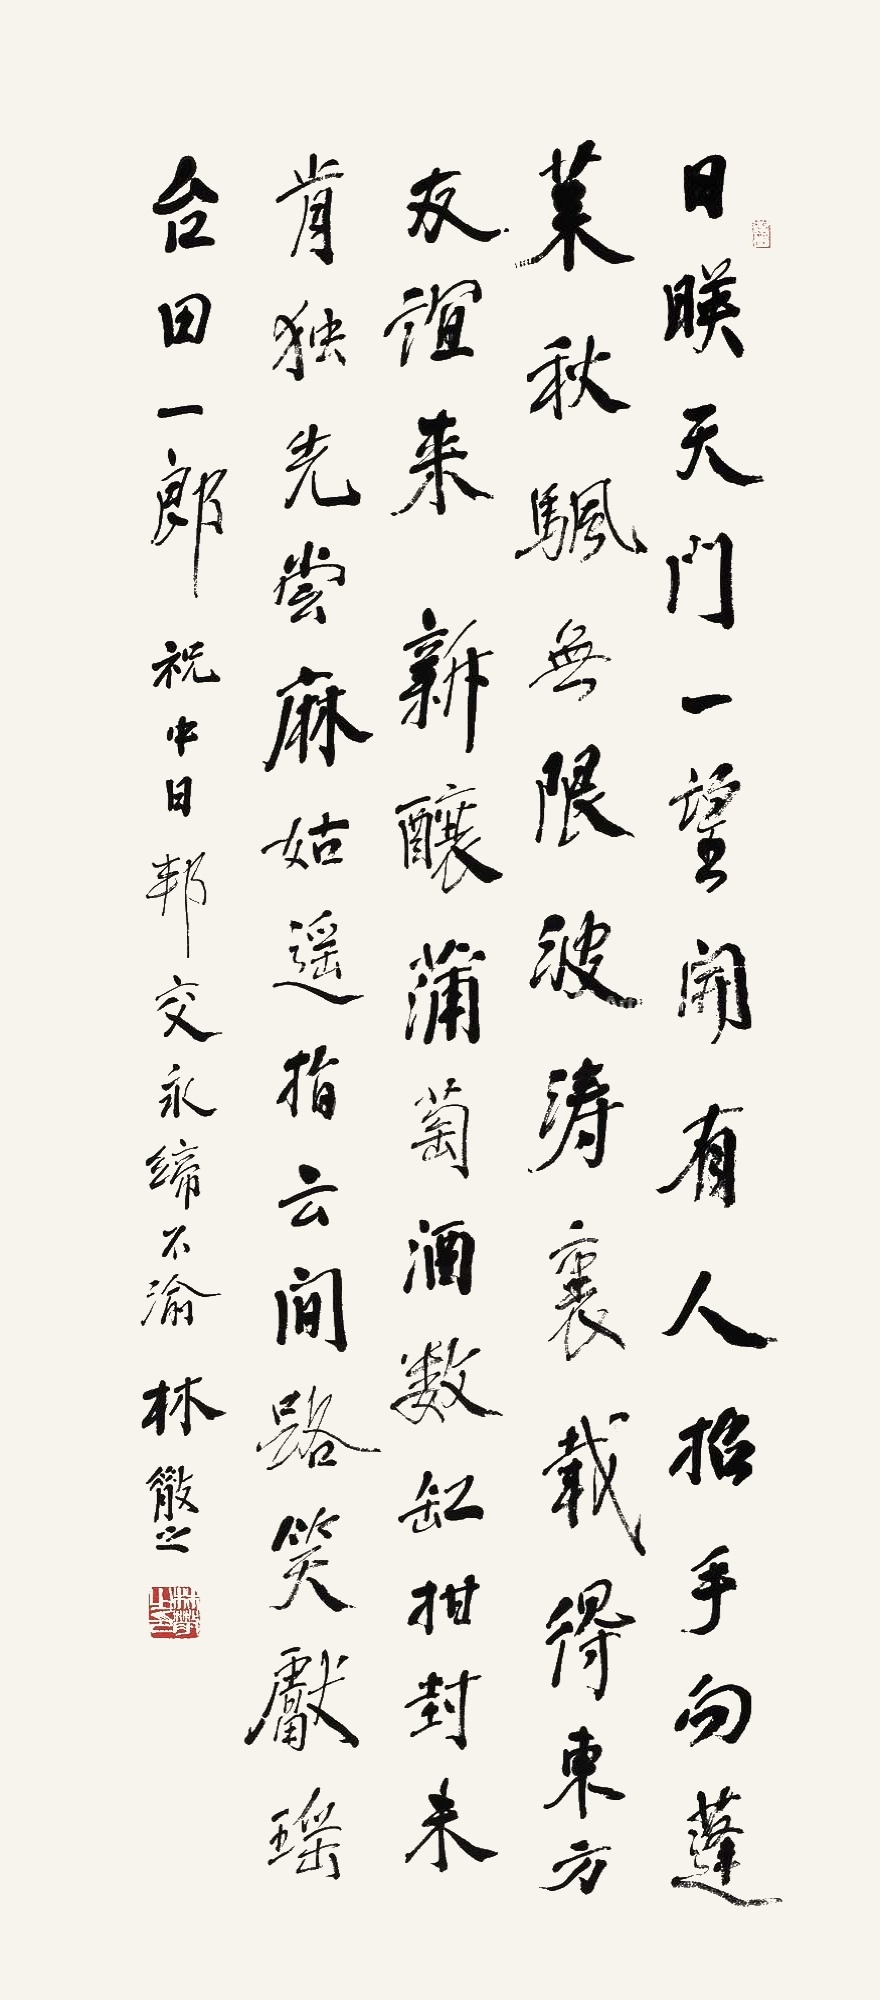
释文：日映天门一望开，有人招手向蓬莱。秋帆无限波涛里，载得东方友谊来。新酿蒲萄酒数缸，拑对未肯独先尝。麻姑遥指云间路，笑献瑶台田一郎。祝中日邦交永缔不渝，林散之。